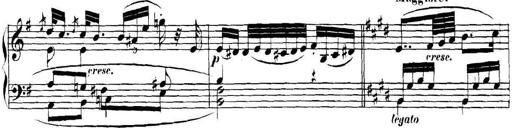
Title: Collected Piano Sonatas
Composer: Muzio Clementi